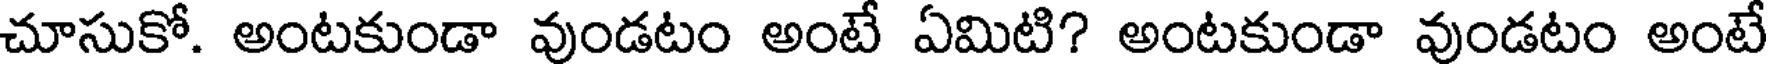
చూసుకో. అంటకుండా వుండటం అంటే ఏమిటి? అంటకుండా వుండటం అంటే